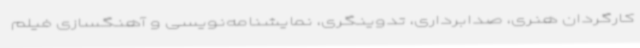
کارگردان هنری، صدابرداری، تدوینگری، نمایشنامه‌نویسی و آهنگسازی فیلم